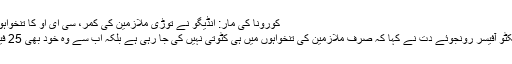
کورونا کی مار: انڈیگو نے توڑی ملازمین کی کمر، سی ای او کا تنخواہوں میں کٹوتی کا اعلان
انڈیگو کے چیف ایگزیکٹو آفیسر رونجوئے دت نے کہا کہ صرف ملازمین کی تنخواہوں میں ہی کٹوتی نہیں کی جا رہی ہے بلکہ اب سے وہ خود بھی 25 فیصد کم تنخواہ لیں گے۔